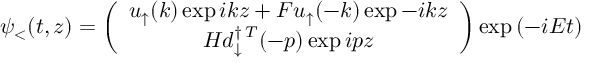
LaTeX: \psi _ { < } ( t , z ) = \left( \begin{array} { c } { { u _ { \uparrow } ( k ) \exp { i k z } + F u _ { \uparrow } ( - k ) \exp { - i k z } } } \\ { { H d _ { \downarrow } ^ { \dagger \, T } ( - p ) \exp { i p z } } } \end{array} \right) \exp { \left( - i E t \right) }